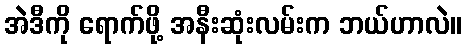
အဲဒီကို ရောက်ဖို့ အနီးဆုံးလမ်းက ဘယ်ဟာလဲ။